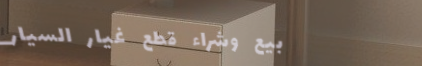
بيع وشراء قطع غيار السيار